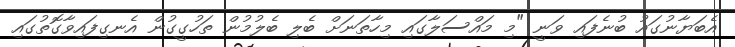
އެބަޔާނުގައު ބުނެފައި ވަނީ "މި މައްސަލާގައި މިހާތަނަށް ބެލި ބެލުމުން ތަހުގީގުން އެނގިފައިވާގޮތުގައި